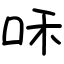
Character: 咊